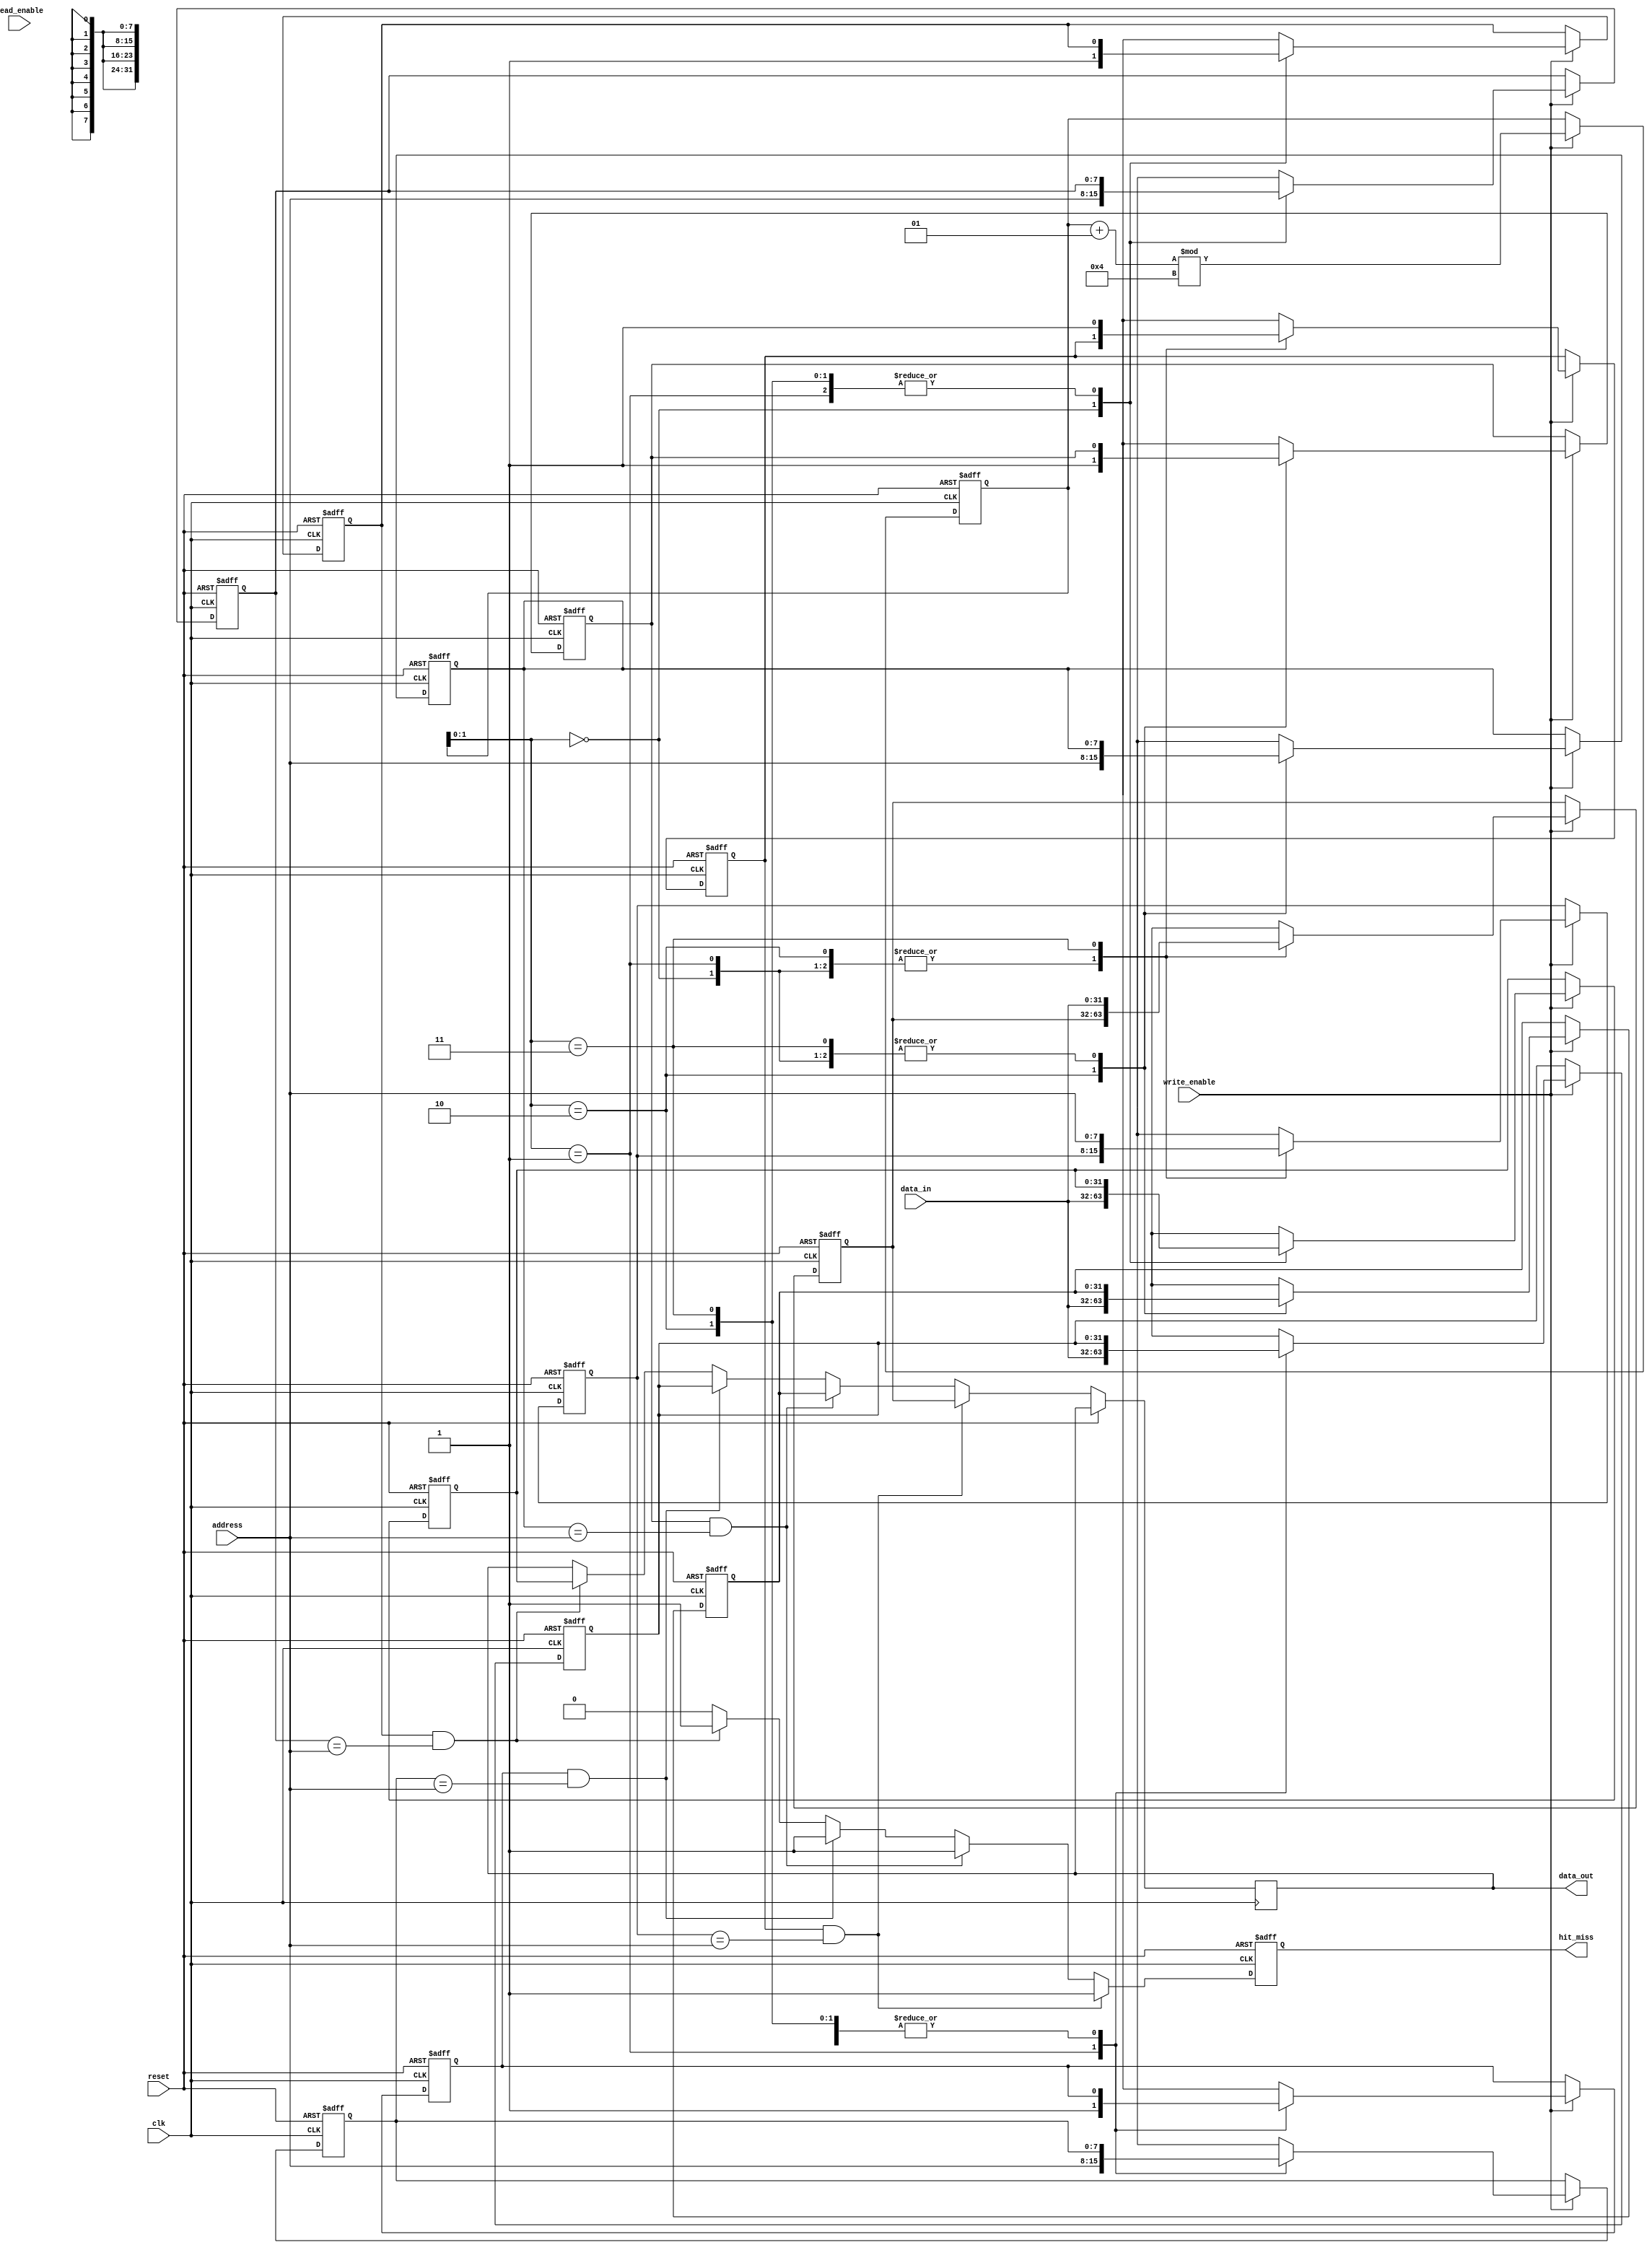
module victim_cache #(
    parameter CACHE_SIZE = 4,        // Number of cache lines
    parameter ADDRESS_WIDTH = 8,      // Width of the address
    parameter DATA_WIDTH = 32         // Width of the data
)(
    input wire clk,
    input wire reset,
    input wire [ADDRESS_WIDTH-1:0] address, // Memory address for cache operation
    input wire [DATA_WIDTH-1:0] data_in,     // Data to store
    input wire write_enable,                  // Write operation signal
    input wire read_enable,                   // Read operation signal
    output reg [DATA_WIDTH-1:0] data_out,    // Data retrieved from the cache
    output reg hit_miss                      // Hit (1) or Miss (0) indicator
);

    // Cache line structure
    reg [ADDRESS_WIDTH-1:0] tags [0:CACHE_SIZE-1];
    reg [DATA_WIDTH-1:0] data [0:CACHE_SIZE-1];
    reg valid [0:CACHE_SIZE-1];
    reg dirty [0:CACHE_SIZE-1];
    integer i;
    integer next_line;

    // Initialize cache
    initial begin
        for (i = 0; i < CACHE_SIZE; i = i + 1) begin
            valid[i] = 0;
            dirty[i] = 0;
            tags[i] = 0;
            data[i] = 0;
        end
        next_line = 0;
    end

    // Cache operation
    always @(posedge clk or posedge reset) begin
        if (reset) begin
            // Reset cache
            for (i = 0; i < CACHE_SIZE; i = i + 1) begin
                valid[i] = 0;
                dirty[i] = 0;
                tags[i] = 0;
                data[i] = 0;
            end
            next_line = 0;
            hit_miss = 0;
        end else begin
            // Lookup
            hit_miss = 0;
            for (i = 0; i < CACHE_SIZE; i = i + 1) begin
                if (valid[i] && (tags[i] == address)) begin
                    // Cache hit
                    data_out = data[i];
                    hit_miss = 1;
                end
            end

            // Write operation
            if (write_enable) begin
                // Insert data into cache
                data[next_line] = data_in;
                tags[next_line] = address;
                valid[next_line] = 1;
                dirty[next_line] = 1; // Mark as dirty on write
                next_line = (next_line + 1) % CACHE_SIZE; // Move to next line
            end
        end
    end

endmodule